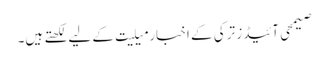
صیمحی آئیڈز ترکی کے اخبار میلیت کے لیے لکھتے ہیں۔